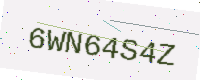
Text: 6WN64S4Z